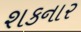
શકનાર